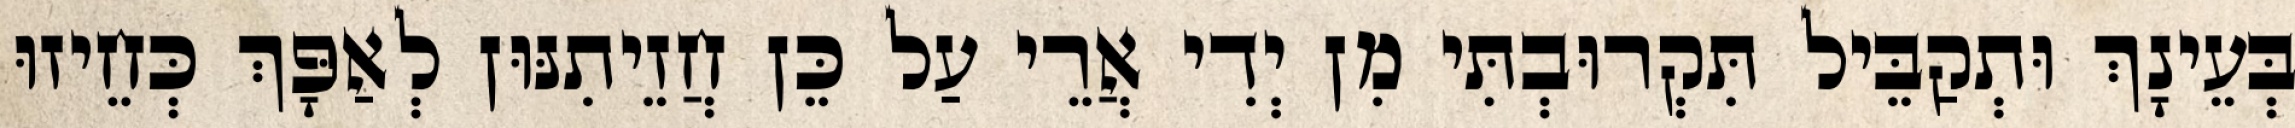
בְּעֵינָךְ וּתְקַבֵּיל תִּקְרוּבְתִּי מִן יְדִי אֲרֵי עַל כֵּן חֲזֵיתִנּוּן לְאַפָּךְ כְּחֵיזוּ